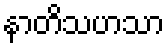
နာတိသဟသာ